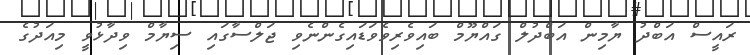
ރައީސް އަބްދު ޔާމިން އަބްދުލް ގައްޔޫމް ބައިވެރިވެވަޑައިގެންނެވި ޖަލްސާގައި ސިޔާމް ވިދާޅުވީ މިއަދުގެ